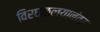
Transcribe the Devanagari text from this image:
विरघळल्यानंतर